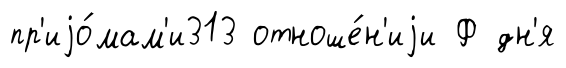
пр'иjо́мам'и313 отноше́н'иjи Ф дн'я